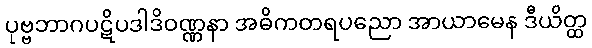
ပုဗ္ဗဘာဂပဋိပဒါဒိဝဏ္ဏနာ အဓိကတရပညော အာယာမေန ဒီယိတ္ထ